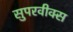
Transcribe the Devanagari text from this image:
सुपरवीक्स